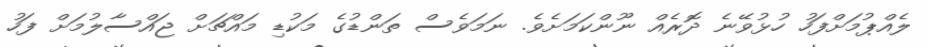
ލެއްޕުމަށްފަހު ހުޅުވޭނެ ދޮރެއް ނޫންކަމަށެވެ. ނަމަވެސް ތަންޑުގެ މަކުޑި މައްޗަށް ޖައްސާލުމަށް ފަހު